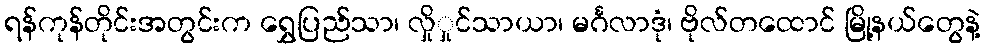
ရန်ကုန်တိုင်းအတွင်းက ရွှေပြည်သာ၊ လှိုှုင်သာယာ၊ မင်္ဂလာဒုံ၊ ဗိုလ်တထောင် မြို့နယ်တွေနဲ့